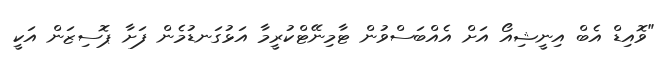
"ވޮއިޑް އެބް އިނީޝިއޯ އަށް އެއްބަސްވުން ޓާމިނޭޓްކުރީމާ އަޅުގަނޑުމެން ފަށާ ޕޮސިޒަން އަކީ